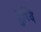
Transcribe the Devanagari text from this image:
प्रुथ्वि